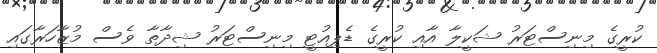
ކުރީގެ މިނިސްޓަރު ޝަކީލާ އާއި ކުރީގެ ޑެޕިއުޓީ މިނިސްޓަރު ޝިދާތާ ވެސް މުޒާހަރާގައި